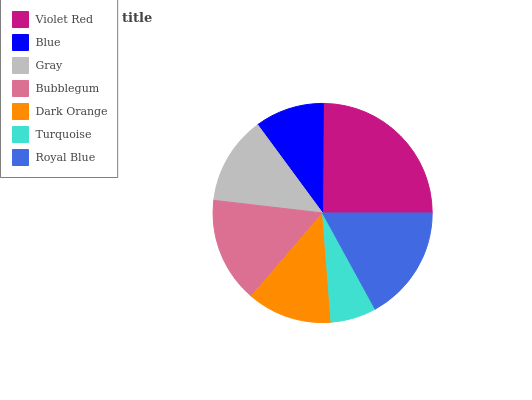
| Violet Red | Blue | Gray | Bubblegum | Dark Orange | Turquoise | Royal Blue |
 | --- | --- | --- | --- | --- | --- | --- |
 | 24.8% | 10.2% | 13.1% | 15.6% | 12.5% | 6.74% | 17% |